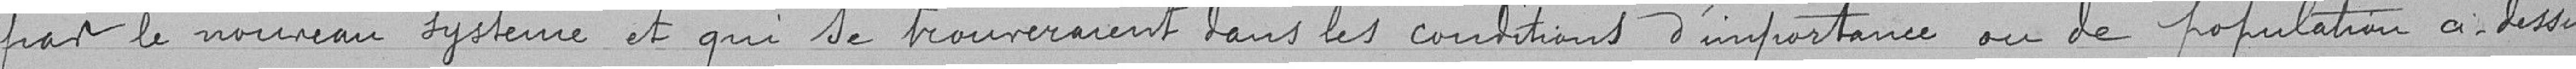
par le nouveau système et qui se trouveraient dans les conditions d'importance ou de population ci-dessus